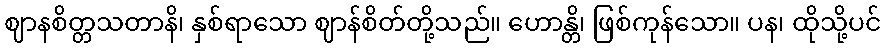
ဈာနစိတ္တသတာနိ၊ နှစ်ရာသော ဈာန်စိတ်တို့သည်။ ဟောန္တိ၊ ဖြစ်ကုန်သော။ ပန၊ ထိုသို့ပင်